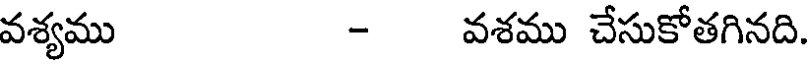
వశ్యము - వశము చేసుకోతగినది.